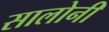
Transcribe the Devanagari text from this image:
सालोनी